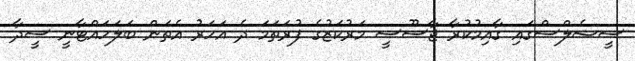
ސީޝެލްސްގައި ގާއިމުކުރާ ޖާސޫސީ މަރުކަޒުގެ ފުރަތަމަ ދެ އަހަރު އެތަން ބަލަހައްޓާނީ ސީދާ